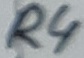
Text: R4